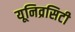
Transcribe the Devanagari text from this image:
यूनिव्रसिटी